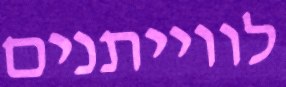
לווייתנים